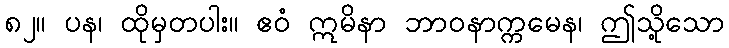
၈၂။ ပန၊ ထိုမှတပါး။ ဧဝံ ဣမိနာ ဘာဝနာက္ကမေန၊ ဤသို့သော